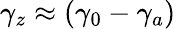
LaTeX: \gamma_{z}\approx(\gamma_{0}-\gamma_{a})